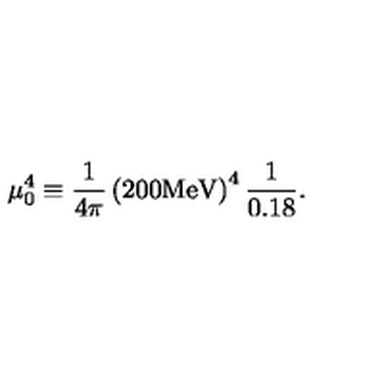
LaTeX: \mu _ { 0 } ^ { 4 } \equiv { \frac { 1 } { 4 \pi } } \left( 2 0 0 \mathrm { M e V } \right) ^ { 4 } { \frac { 1 } { 0 . 1 8 } } .